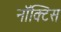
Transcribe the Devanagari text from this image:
नॉक्टिस